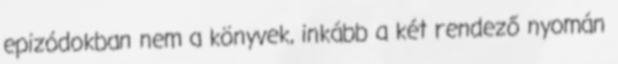
epizódokban nem a könyvek, inkább a két rendező nyomán